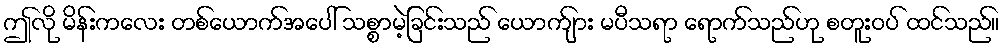
ဤလို မိန်းကလေး တစ်ယောက်အပေါ် သစ္စာမဲ့ခြင်းသည် ယောက်ျား မပီသရာ ရောက်သည်ဟု စတူးဝပ် ထင်သည်။